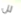
لل